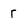
Character: r